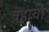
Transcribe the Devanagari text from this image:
वहावा